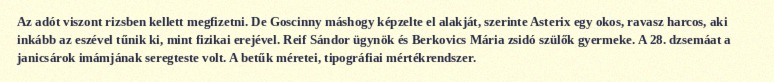
Az adót viszont rizsben kellett megfizetni. De Goscinny máshogy képzelte el alakját, szerinte Asterix egy okos, ravasz harcos, aki inkább az eszével tűnik ki, mint fizikai erejével. Reif Sándor ügynök és Berkovics Mária zsidó szülők gyermeke. A 28. dzsemáat a janicsárok imámjának seregteste volt. A betűk méretei, tipográfiai mértékrendszer.